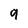
Character: g